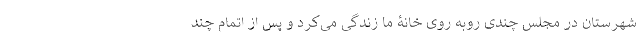
شهرستان در مجلس چندی روبه روی خانۀ ما زندگی می‌کرد و پس از اتمام چند